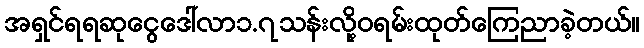
အရှင်ရရဆုငွေဒေါ်လာ၁.၇သန်းလို့ဝရမ်းထုတ်ကြေညာခဲ့တယ်။